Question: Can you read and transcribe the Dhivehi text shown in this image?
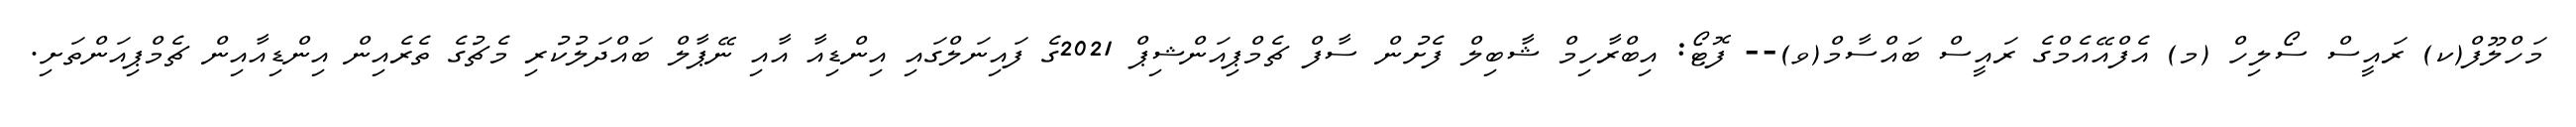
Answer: މަހްލޫފް(ކ) ރައީސް ސޯލިހް (މ) އެފްއޭއެމްގެ ރައީސް ބައްސާމް(ވ)-- ފޮޓޯ: އިބްރާހިމް ޝާބިލް ފެށުން ސާފް ޗެމްޕިއަންޝިޕް 2021ގެ ފައިނަލްގައި އިންޑިއާ އާއި ނޭޕާލް ބައްދަލުކުރި މެޗުގެ ތެރެއިން އިންޑިއާއިން ޗެމްޕިއަންތަށި.